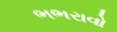
ભભરાવો